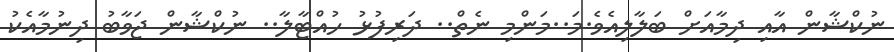
ނުކްޝާން އާއި ދިމާއަށް ބަލާލިއެވެ.މަ..މަންމި ނެތް.. ދަރިފުޅު ހުއްޓާލާ.. ނުކްޝާން ޖަވާބު ދިނުމާއެކު